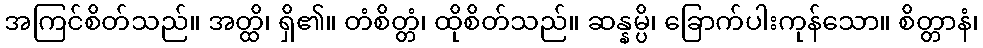
အကြင်စိတ်သည်။ အတ္ထိ၊ ရှိ၏။ တံစိတ္တံ၊ ထိုစိတ်သည်။ ဆန္နမ္ပိ၊ ခြောက်ပါးကုန်သော။ စိတ္တာနံ၊